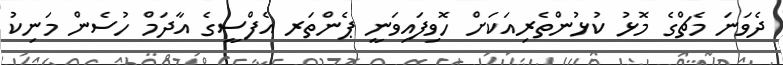
ދެވަނަ މެޗްގެ މޮޅު ކުޅުންތެރިއަކަށް ހޮވިފައިވަނީ ޕެންތަރ އެފްސީގެ އާދަމް ހުސެން މަނިކު